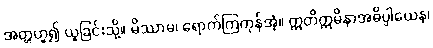
အတ္တဟူ၍ ယူခြင်းသို့။ မိဿာမ၊ ရောက်ကြကုန်အံ့။ ဣတိဣမိနာအဓိပ္ပါယေန၊